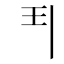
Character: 𩰊